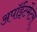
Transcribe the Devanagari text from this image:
अपॉईंटमेंटस्